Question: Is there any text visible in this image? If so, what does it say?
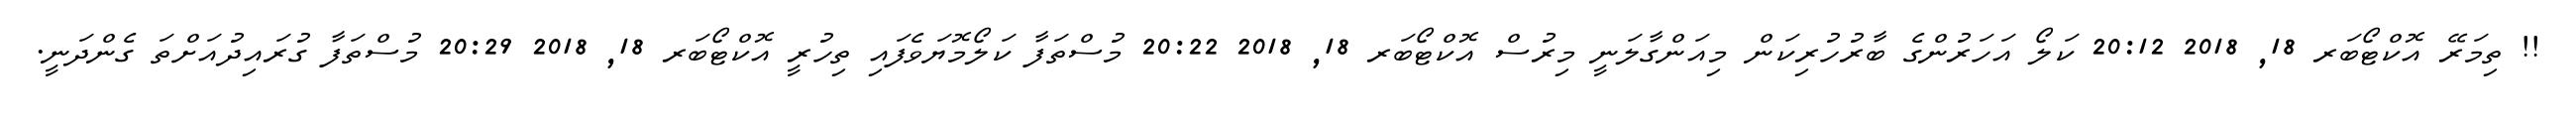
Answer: !! ތިމަރޭ އޮކްޓޯބަރ 18, 2018 20:12 ކަލޯ އަހަރުންގެ ބާރުހުރިކަން މިއަންގާލަނީ މިރުސް އޮކްޓޯބަރ 18, 2018 20:22 މުސްތަފާ ކަލޯމޮޔަވެފައި ތިހުރީ އޮކްޓޯބަރ 18, 2018 20:29 މުސްތަފާ ގުރައިދުއަށްތަ ގެންދަނީ.